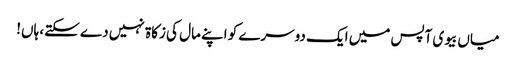
میاں بیوی آپس میں ایک دوسرے کو اپنے مال کی زکاۃ نہیں دے سکتے، ہاں!